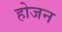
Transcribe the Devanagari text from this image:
होजन